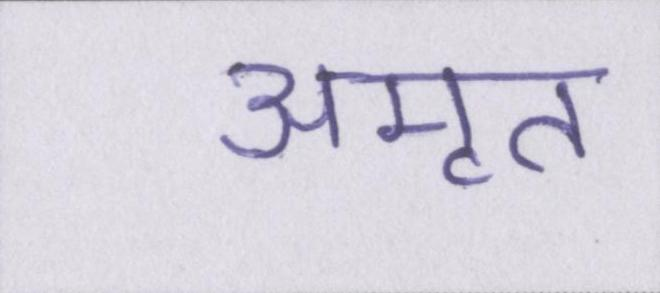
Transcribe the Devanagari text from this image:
अमृत